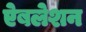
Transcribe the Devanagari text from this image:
ऐबलेशन